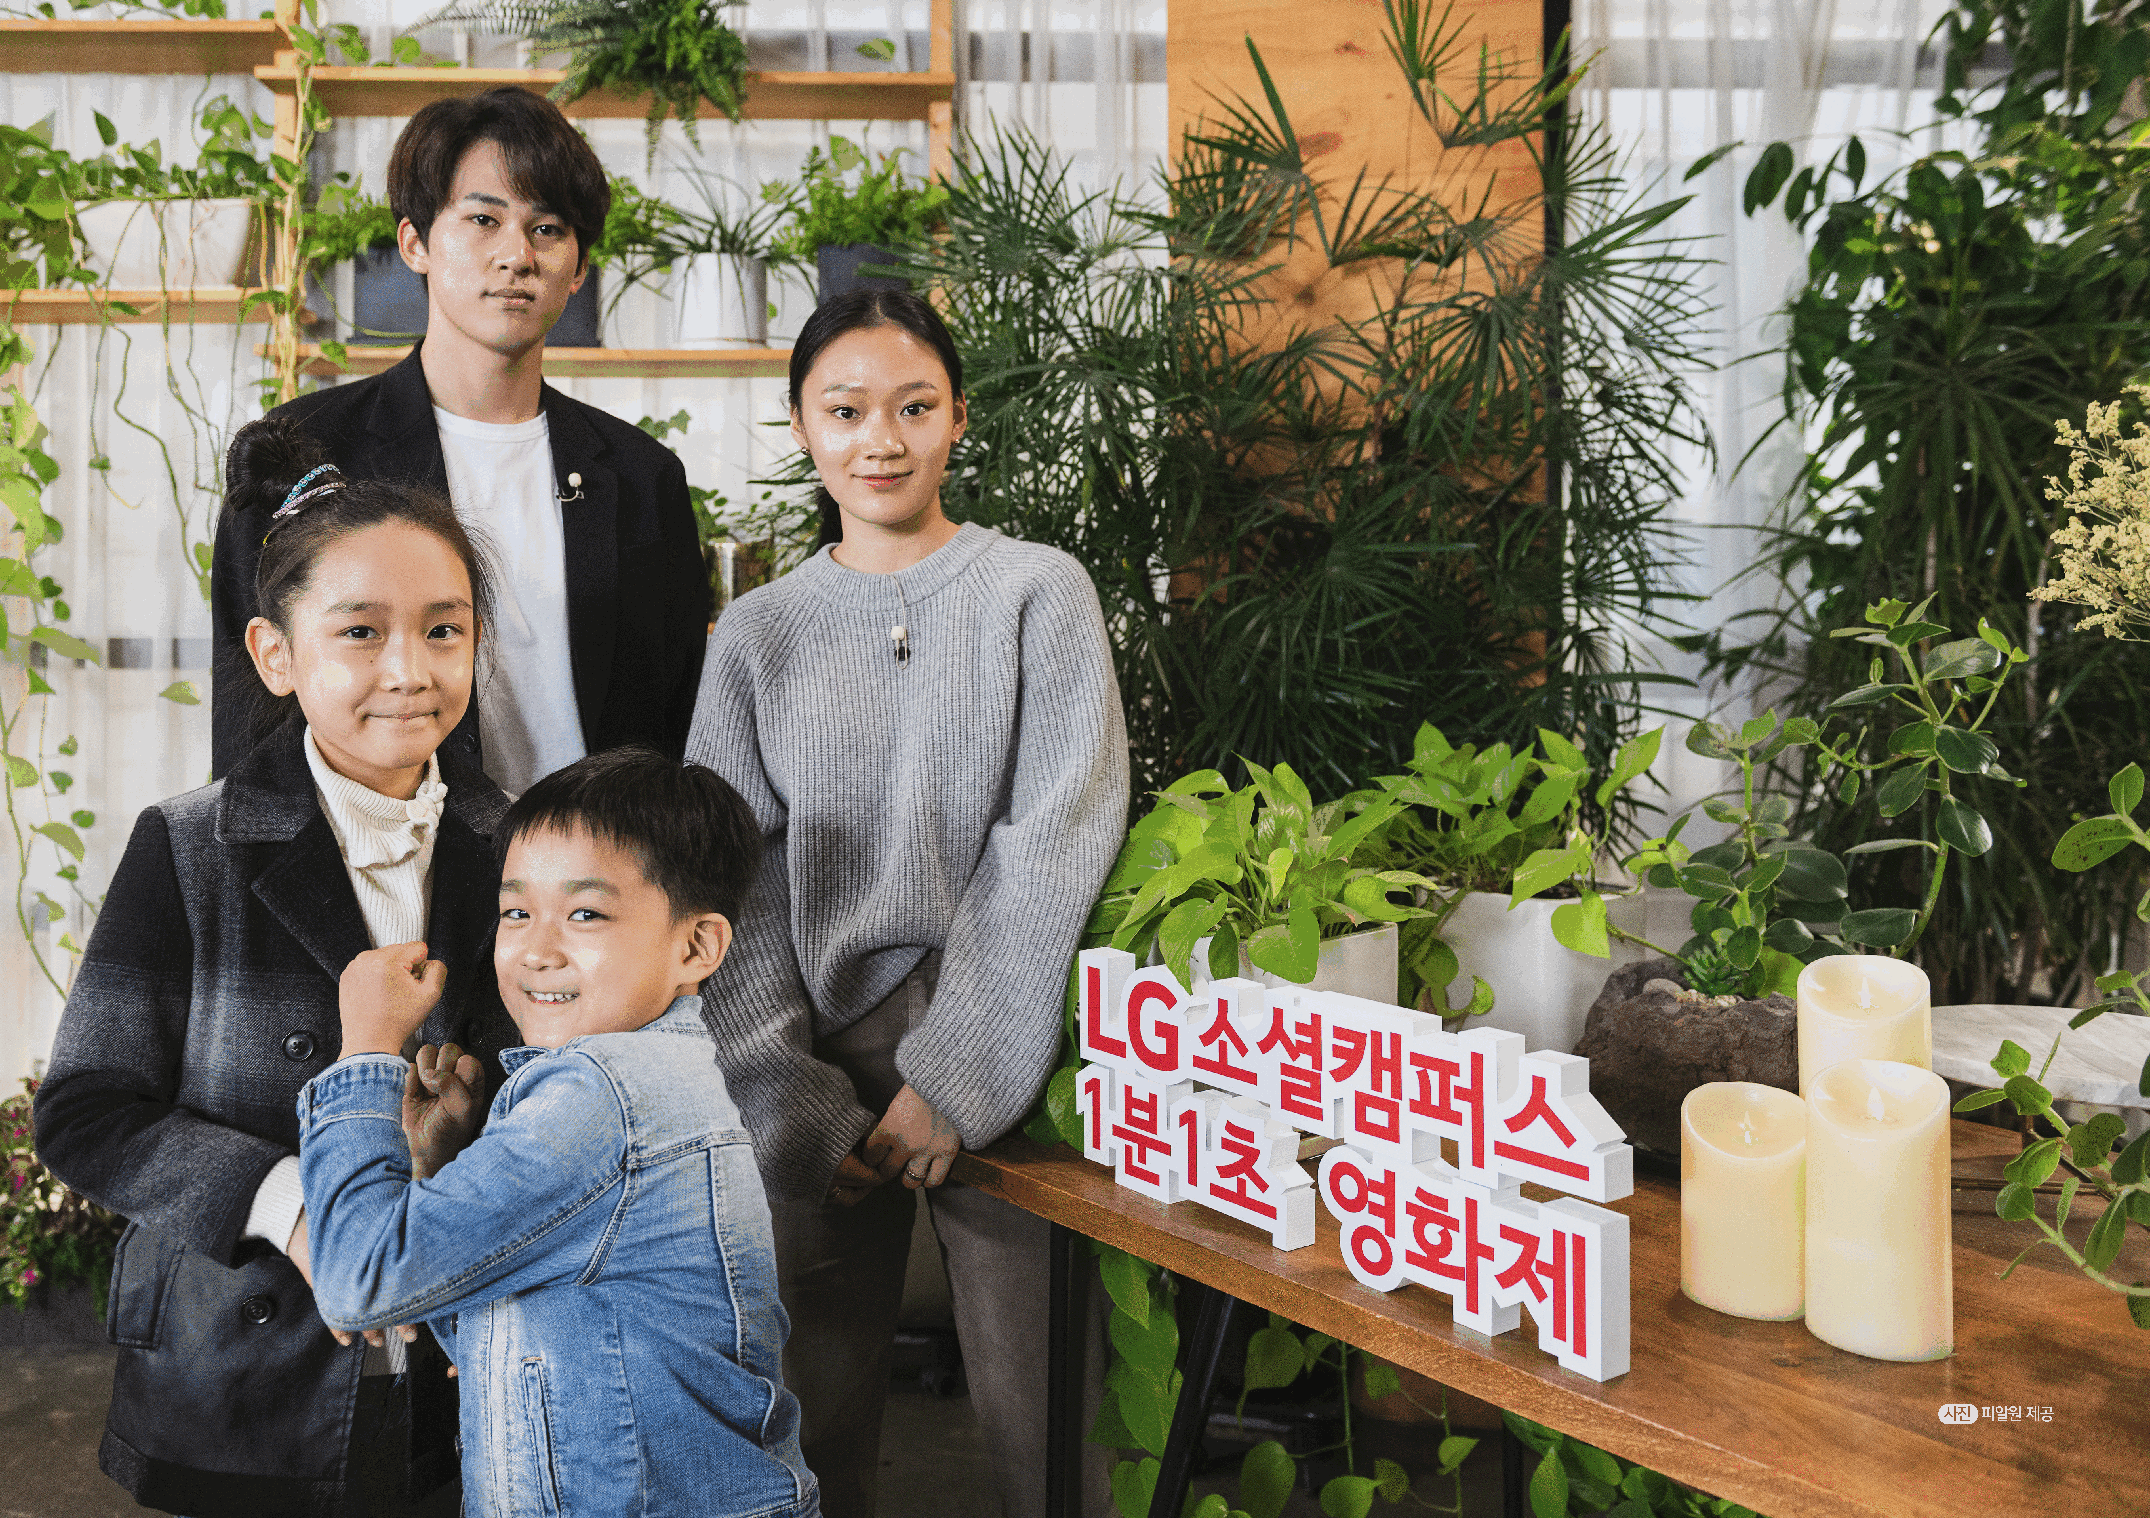
사진 피알원 제공
 58 LG SOCIAL CAMPUS 2020 ANNUAL REPORT                                                                              LG 소셜캠퍼스 발간사 · 축사 59